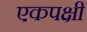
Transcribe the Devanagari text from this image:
एकपक्षी